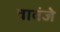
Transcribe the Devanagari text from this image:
वावंजे